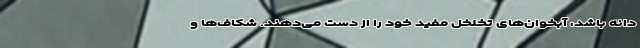
دانه باشد، آبخوان‌های تخلخل مفید خود را از دست می‌دهند. شکاف‌ها و